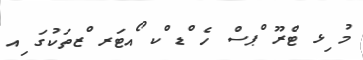
މު ިޅ ޓްރޫ ްޕސް ހެ ްޑ ްކ ޯއޓަރ ްޒތަކުގަ ިއ